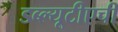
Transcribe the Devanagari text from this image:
डब्ल्यूटीएची